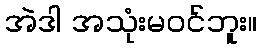
အဲဒါ အသုံးမဝင်ဘူး။